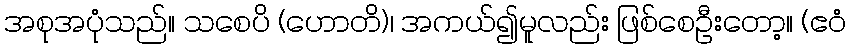
အစုအပုံသည်။ သစေပိ (ဟောတိ)၊ အကယ်၍မူလည်း ဖြစ်စေဦးတော့။ (ဧဝံ